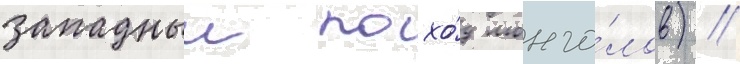
западныи похо́д монго́лов) /